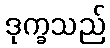
ဒုက္ခသည်